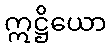
ဣဋ္ဌိယော